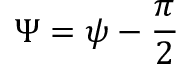
\Psi = \psi - \frac { \pi } { 2 }